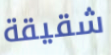
شقيقة